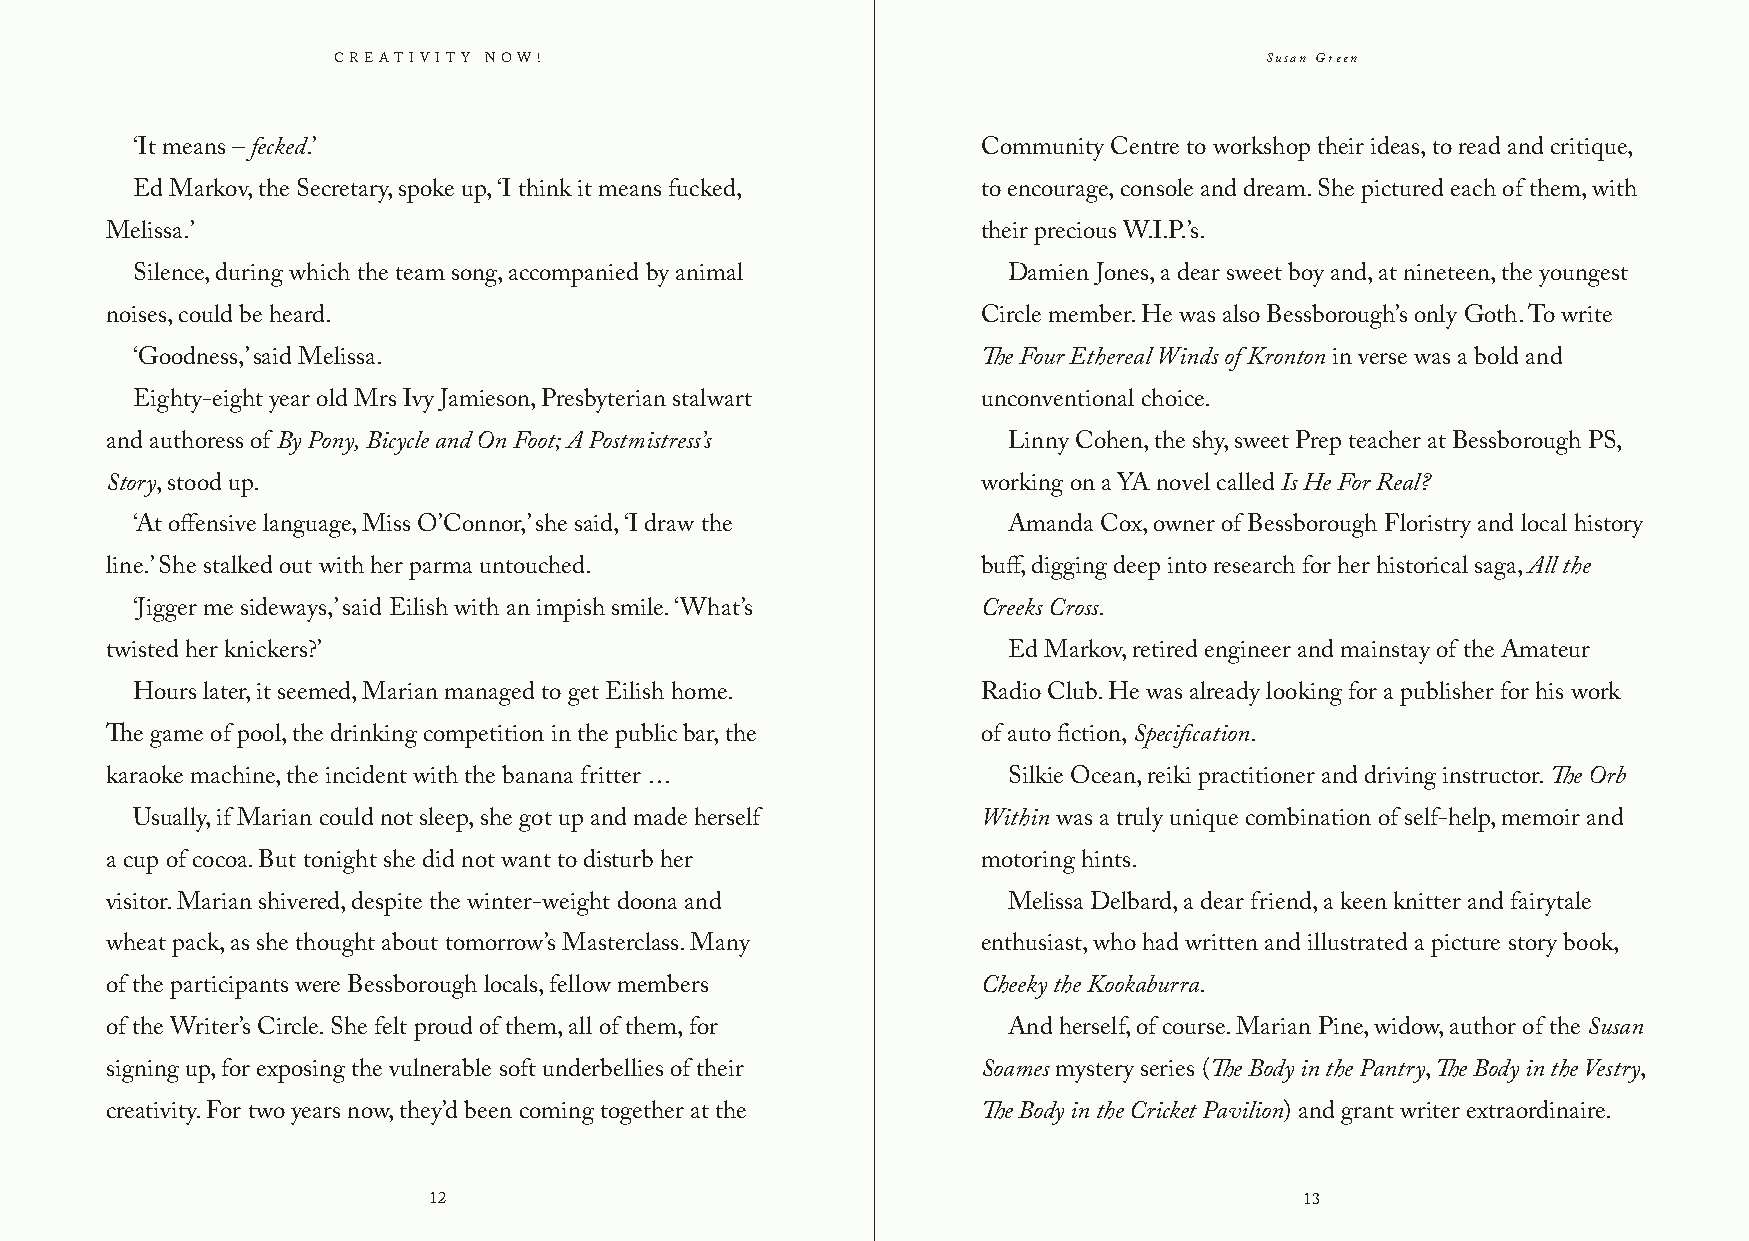
Creativity Now!                                               Susan Green
 ‘It means – fecked.’                                    Community Centre to workshop their ideas, to read and critique,
 Ed Markov, the Secretary, spoke up, ‘I think it means fucked, to encourage, console and dream. She pictured each of them, with
 Melissa.’                                                 their precious W.I.P.’s.
 Silence, during which the team song, accompanied by animal Damien Jones, a dear sweet boy and, at nineteen, the youngest
 noises, could be heard.                                   Circle member. He was also Bessborough’s only Goth. To write
 ‘Goodness,’ said Melissa.                               The Four Ethereal Winds of Kronton in verse was a bold and
 Eighty-eight year old Mrs Ivy Jamieson, Presbyterian stalwart unconventional choice.
 and authoress of By Pony, Bicycle and On Foot; A Postmistress’s Linny Cohen, the shy, sweet Prep teacher at Bessborough PS,
 Story, stood up.                                          working on a YA novel called Is He For Real?
 ‘At offensive language, Miss O’Connor,’ she said, ‘I draw the Amanda Cox, owner of Bessborough Floristry and local history
 line.’ She stalked out with her parma untouched.          buff, digging deep into research for her historical saga, All the
 ‘Jigger me sideways,’ said Eilish with an impish smile. ‘What’s Creeks Cross.
 twisted her knickers?’                                      Ed Markov, retired engineer and mainstay of the Amateur
 Hours later, it seemed, Marian managed to get Eilish home. Radio Club. He was already looking for a publisher for his work
 The game of pool, the drinking competition in the public bar, the of auto fiction, Specification.
 karaoke machine, the incident with the banana fritter …     Silkie Ocean, reiki practitioner and driving instructor. The Orb
 Usually, if Marian could not sleep, she got up and made herself Within was a truly unique combination of self-help, memoir and
 a cup of cocoa. But tonight she did not want to disturb her motoring hints.
 visitor. Marian shivered, despite the winter-weight doona and Melissa Delbard, a dear friend, a keen knitter and fairytale
 wheat pack, as she thought about tomorrow’s Masterclass. Many enthusiast, who had written and illustrated a picture story book,
 of the participants were Bessborough locals, fellow members Cheeky the Kookaburra.
 of the Writer’s Circle. She felt proud of them, all of them, for And herself, of course. Marian Pine, widow, author of the Susan
 signing up, for exposing the vulnerable soft underbellies of their Soames mystery series (The Body in the Pantry, The Body in the Vestry,
 creativity. For two years now, they’d been coming together at the The Body in the Cricket Pavilion) and grant writer extraordinaire.
 12                                                        13